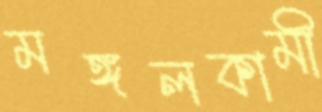
মঙ্গলকামী